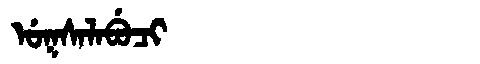
Manchu: ᡠᡴᠰᠠᠯᠠᠪᡠᠴᡳ
Romanization: UKSALABUCI